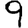
Digit: 9